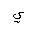
Letter: _ya